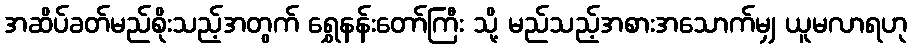
အဆိပ်ခတ်မည်စိုးသည့်အတွက် ရွှေနန်းတော်ကြီး သို့ မည်သည့်အစားအသောက်မျှ ယူမလာရဟု